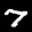
Label: 7